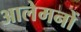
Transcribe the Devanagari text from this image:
आलेमनों